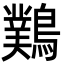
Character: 䴆